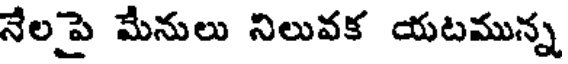
నేలపై మేనులు నిలువక యటమున్న